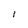
Character: 1